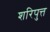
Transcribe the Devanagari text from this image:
शरिपुत्त